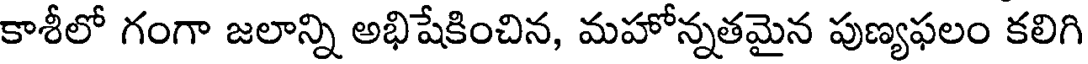
కాశీలో గంగా జలాన్ని అభిషేకించిన, మహోన్నతమైన పుణ్యఫలం కలిగి